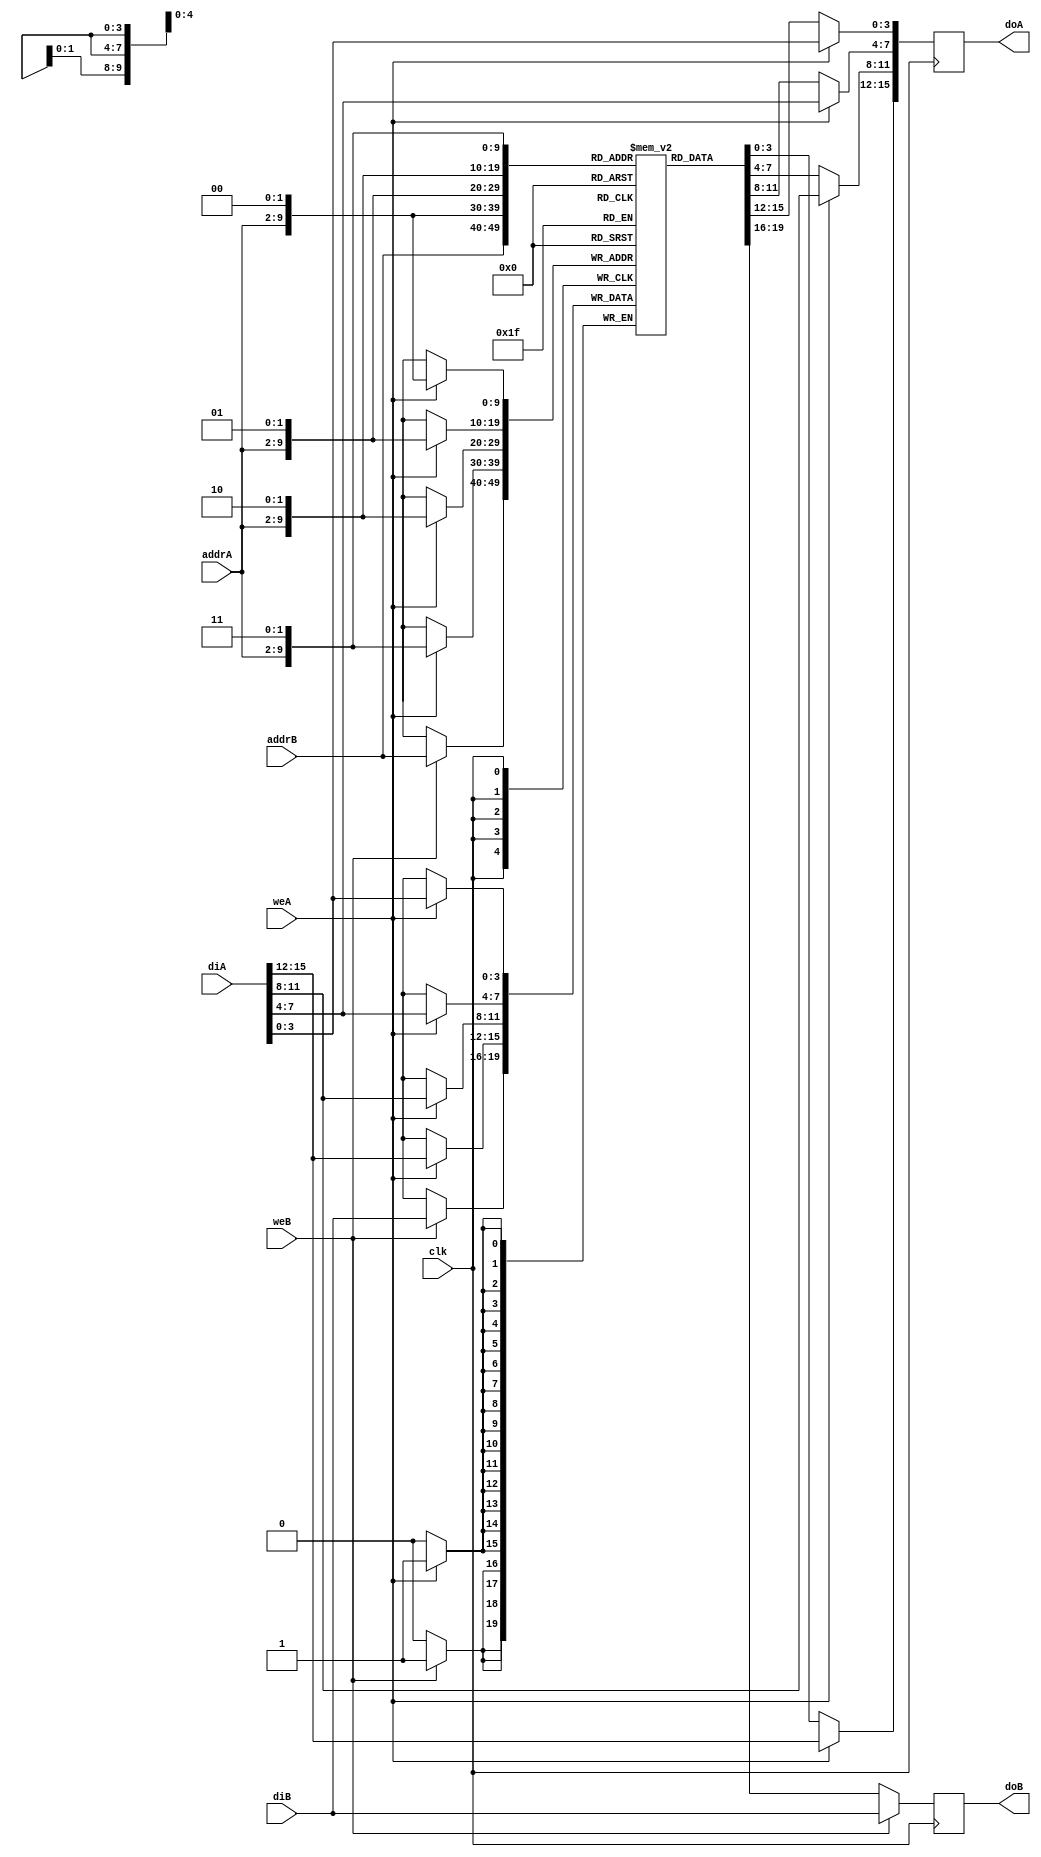
// Asymetric RAM - TDP

module asym_ram_wf_tdp_dc (clk, weA, weB, addrA, addrB, diA, doA, diB, doB);

parameter WIDTHB = 4;
parameter SIZEB = 1024;
parameter ADDRWIDTHB = 10;
parameter WIDTHA = 16;
parameter SIZEA = 256;
parameter ADDRWIDTHA = 8;

input clk;
input weA, weB;
input [ADDRWIDTHA-1:0] addrA;
input [ADDRWIDTHB-1:0] addrB;
input [WIDTHA-1:0] diA;
input [WIDTHB-1:0] diB;
output reg [WIDTHA-1:0] doA;
output reg [WIDTHB-1:0] doB;

`define max(a,b) {(a) > (b) ? (a) : (b)}
`define min(a,b) {(a) < (b) ? (a) : (b)}

function integer log2;
input integer value;
reg [31:0] shifted;
integer res;
begin
    if (value < 2)
        log2 = value;
    else
    begin
        shifted = value-1;
            for (res=0; shifted>0; res=res+1)
                shifted = shifted>>1;
                log2 = res;
    end
end
endfunction

localparam maxSIZE = `max(SIZEA, SIZEB);
localparam maxWIDTH = `max(WIDTHA, WIDTHB);
localparam minWIDTH = `min(WIDTHA, WIDTHB);
localparam RATIO = maxWIDTH / minWIDTH;
localparam log2RATIO = log2(RATIO);

reg [minWIDTH-1:0] RAM [0:maxSIZE-1];

always @(posedge clk)
begin
        if (weB)begin
            RAM[addrB] <= diB;
            doB <= diB;
        end
        else
            doB <= RAM[addrB];
end

always @(posedge clk)
begin : portA
integer i;
reg [log2RATIO-1:0] lsbaddr ;
    for (i=0; i< RATIO; i= i+ 1) 
    begin
        lsbaddr = i;
                if (weA)begin
                    RAM[{addrA, lsbaddr}] <= diA[(i+1)*minWIDTH-1 -: minWIDTH];
                    doA[(i+1)*minWIDTH -1 -: minWIDTH] <= diA[(i+1)*minWIDTH-1 -: minWIDTH];
                end
                else
                    doA[(i+1)*minWIDTH -1 -: minWIDTH] <= RAM[{addrA, lsbaddr}];
    end
end


endmodule